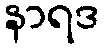
နာရဒ